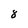
Character: 8